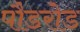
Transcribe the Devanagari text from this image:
पौडरोड